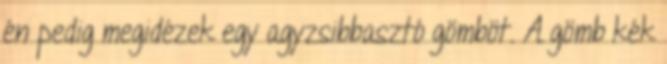
én pedig megidézek egy agyzsibbasztó gömböt. A gömb kék